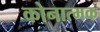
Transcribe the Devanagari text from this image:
कोनात्मक